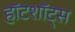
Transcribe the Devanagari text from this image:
हॉटशॉट्स